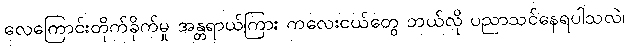
လေကြောင်းတိုက်ခိုက်မှု အန္တရာယ်ကြား ကလေးငယ်တွေ ဘယ်လို ပညာသင်နေရပါသလဲ၊